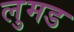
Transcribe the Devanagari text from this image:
लुमड